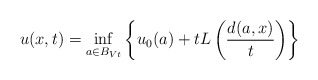
\begin{align*}u(x, t) = \inf_{a \in B_{V t}}\left\{ u_0(a)+t L\left({d(a, x) \over t}\right) \right\} \end{align*}